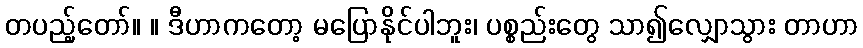
တပည့်တော်။ ။ ဒီဟာကတော့ မပြောနိုင်ပါဘူး၊ ပစ္စည်းတွေ သာ၍လျှောသွား တာဟာ